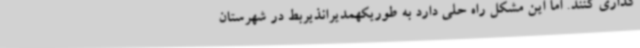
گذاری کنند. اما این مشکل راه حلی دارد به طوریکهمدیرانذیربط در شهرستان